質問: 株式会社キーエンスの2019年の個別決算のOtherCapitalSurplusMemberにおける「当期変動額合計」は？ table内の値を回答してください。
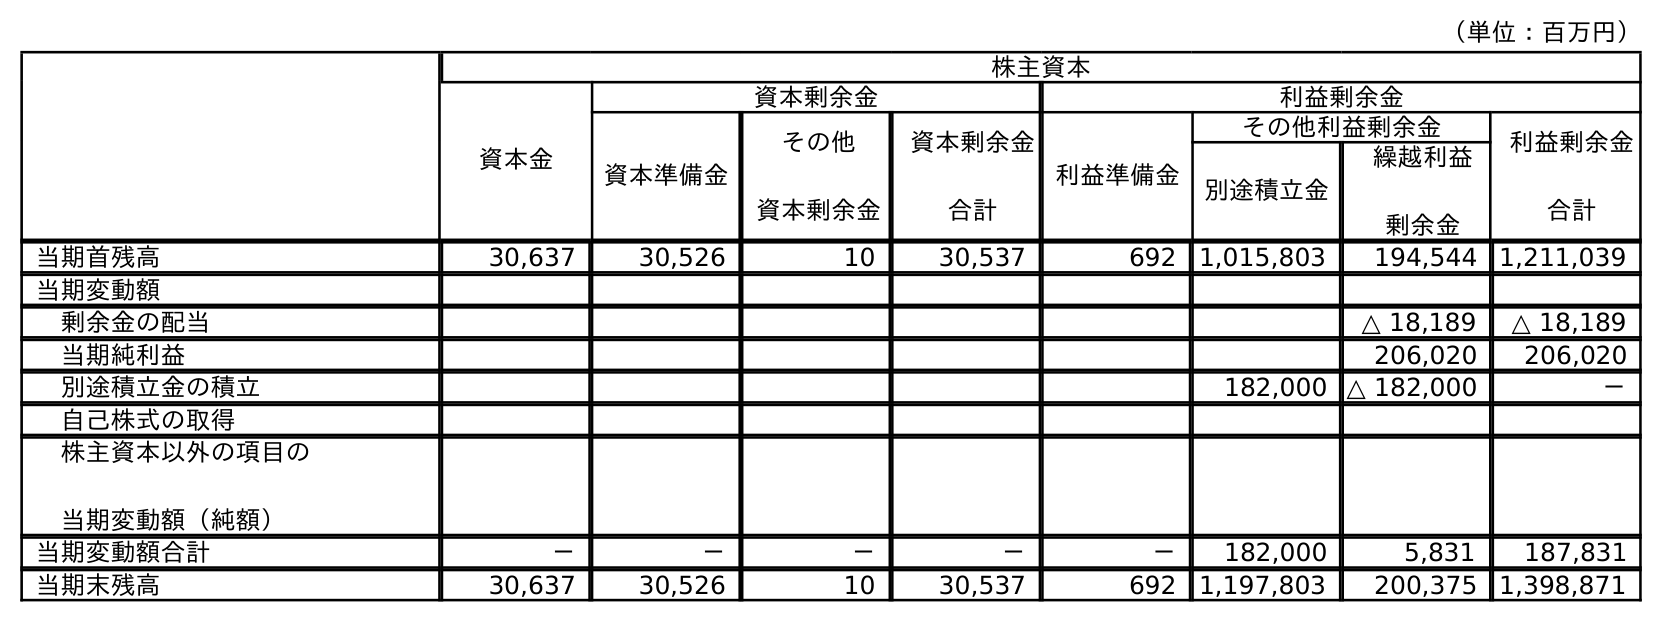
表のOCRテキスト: （単位：百万円） 株主資本 資本金 資本剰余金 利益剰余金 資本準備金 その他 資本剰余金 資本剰余金 合計 利益準備金 その他利益剰余金 利益剰余金 合計 別途積立金 繰越利益 剰余金 当期首残高 30,637 30,526 10 30,537 692 1,015,803 194,544 1,211,039 当期変動額 剰余金の配当 △ 18,189 △ 18,189 当期純利益 206,020 206,020 別途積立金の積立 182,000 △ 182,000 － 自己株式の取得 株主資本以外の項目の 当期変動額（純額） 当期変動額合計 － － － － － 182,000 5,831 187,831 当期末残高 30,637 30,526 10 30,537 692 1,197,803 200,375 1,398,871
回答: －